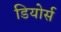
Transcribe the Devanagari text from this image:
डियोर्स